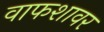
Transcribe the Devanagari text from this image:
वाफशावर